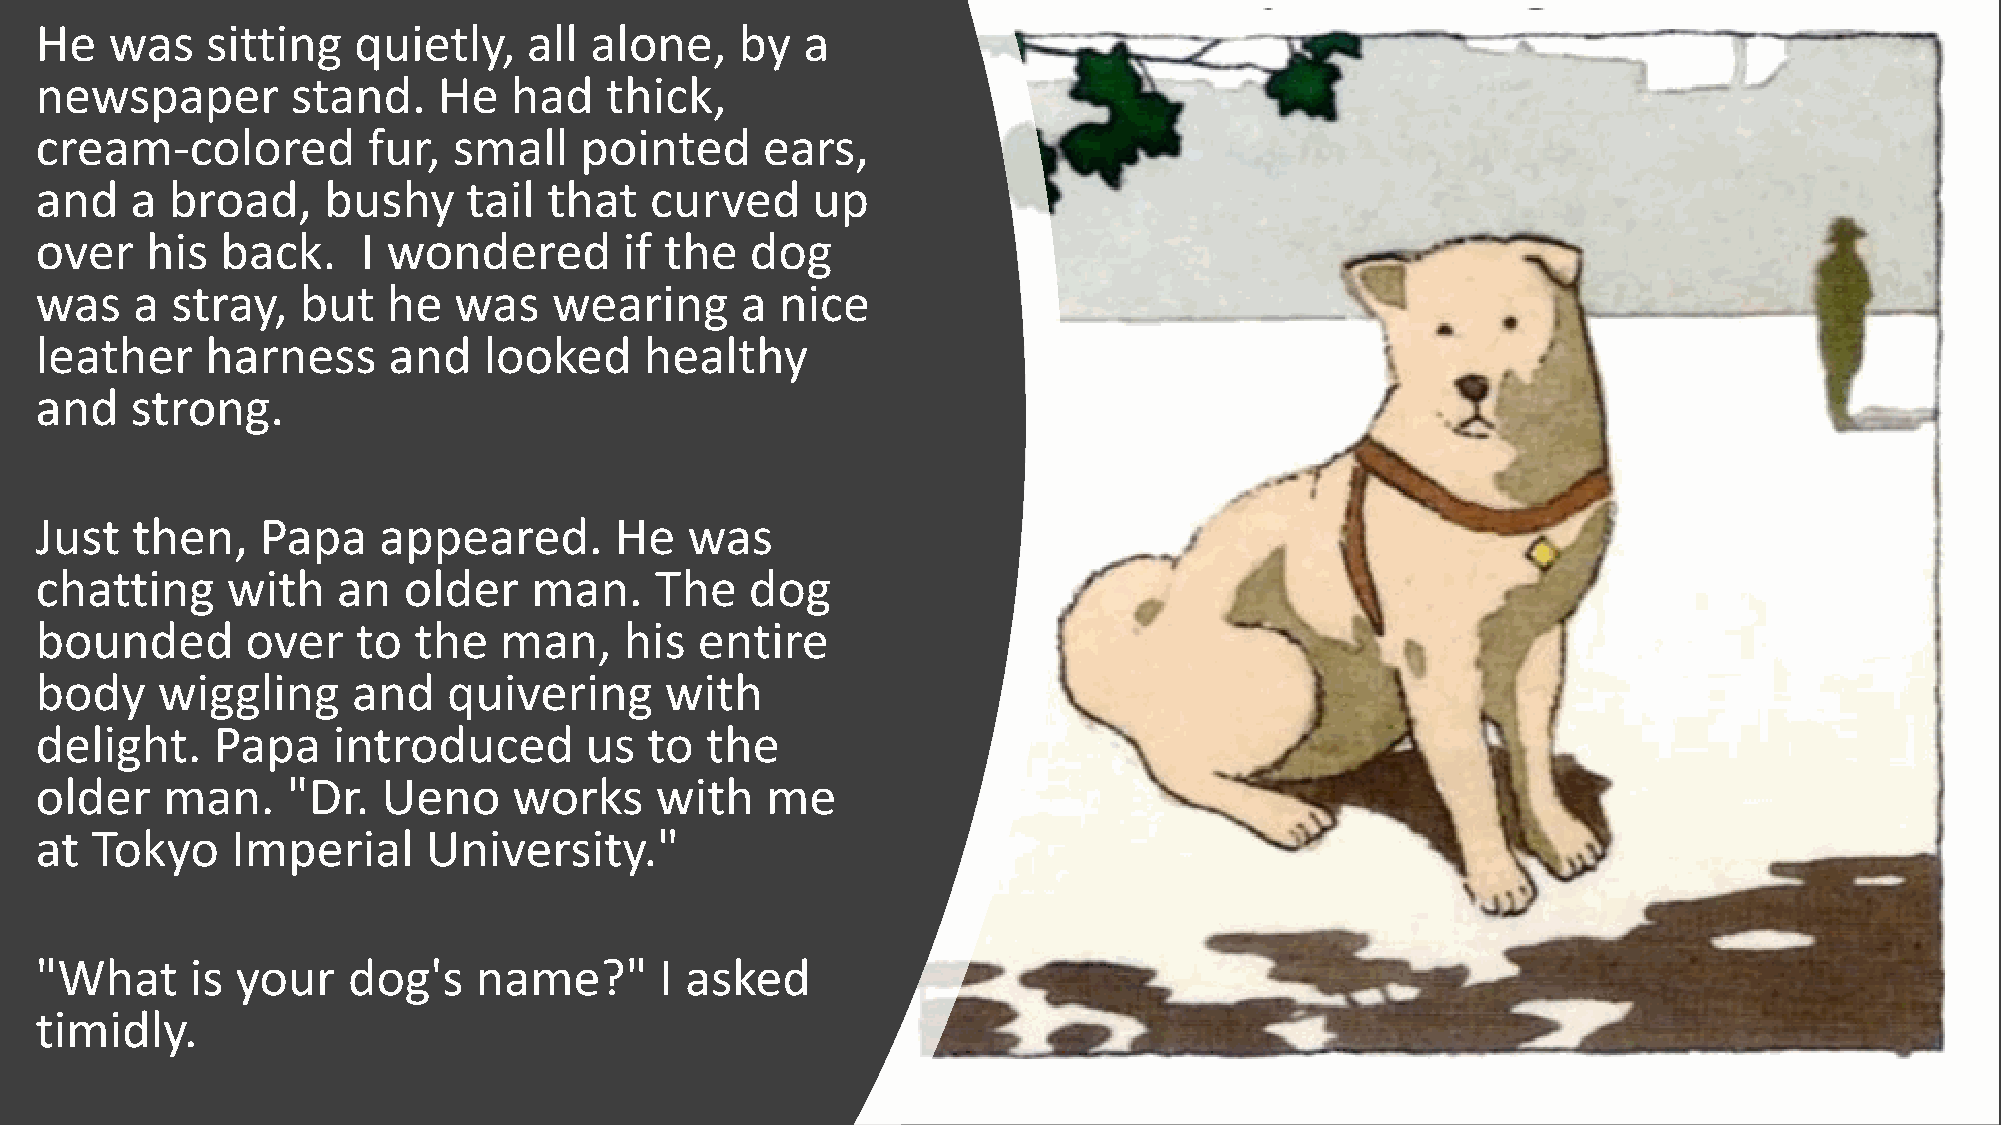
He   was    sitting  quietly,    all alone,    by  a
 newspaper        stand.    He   had   thick,
 cream-colored         fur,  small   pointed     ears,
 and    a broad,    bushy     tail that   curved     up
 over    his  back.    I wondered       if the   dog
 was    a stray,   but   he  was    wearing     a  nice
 leather     harness     and   looked     healthy
 and    strong.
 Just   then,   Papa    appeared.       He  was
 chatting     with   an   older   man.    The    dog
 bounded       over    to the   man,    his  entire
 body    wiggling     and    quivering     with
 delight.    Papa    introduced       us  to  the
 older    man.    "Dr.  Ueno     works    with    me
 at  Tokyo    Imperial     University."
 "What      is your   dog's   name?"       I asked
 timidly.